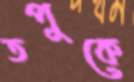
তপুকে